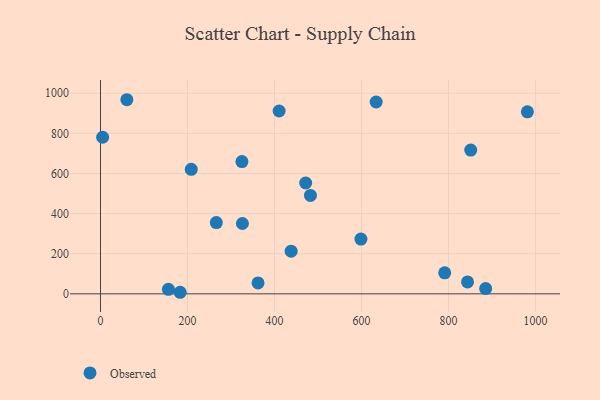
{"axis": {"x": "Distance", "y": "Fuel Efficiency"}, "legend": ["Observed"], "data": [{"x": "598.6", "y": 273.0, "type": "Observed"}, {"x": "851.0", "y": 716.7, "type": "Observed"}, {"x": "791.2", "y": 104.9, "type": "Observed"}, {"x": "325.1", "y": 659.1, "type": "Observed"}, {"x": "362.1", "y": 54.6, "type": "Observed"}, {"x": "885.3", "y": 26.4, "type": "Observed"}, {"x": "326.2", "y": 350.5, "type": "Observed"}, {"x": "156.1", "y": 22.5, "type": "Observed"}, {"x": "981.2", "y": 907.5, "type": "Observed"}, {"x": "633.6", "y": 956.2, "type": "Observed"}, {"x": "410.6", "y": 911.4, "type": "Observed"}, {"x": "4.9", "y": 780.5, "type": "Observed"}, {"x": "482.6", "y": 490.4, "type": "Observed"}, {"x": "266.2", "y": 355.4, "type": "Observed"}, {"x": "843.7", "y": 59.2, "type": "Observed"}, {"x": "60.6", "y": 967.6, "type": "Observed"}, {"x": "183.1", "y": 7.8, "type": "Observed"}, {"x": "438.2", "y": 212.5, "type": "Observed"}, {"x": "208.6", "y": 620.6, "type": "Observed"}, {"x": "471.6", "y": 552.4, "type": "Observed"}]}